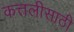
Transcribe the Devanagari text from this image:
कत्तलीसाठी